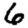
Digit: 6